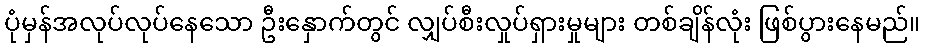
ပုံမှန်အလုပ်လုပ်နေသော ဦးနှောက်တွင် လျှပ်စီးလှုပ်ရှားမှုများ တစ်ချိန်လုံး ဖြစ်ပွားနေမည်။